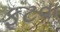
ફૂટવા